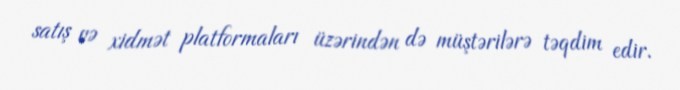
satış və xidmət platformaları üzərindən də müştərilərə təqdim edir.